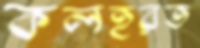
কলহরত